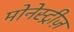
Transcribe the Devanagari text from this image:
मोनेस्ट्रीज़